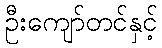
ဦးကျော်တင်နှင့်